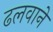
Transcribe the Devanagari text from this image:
ढलवाने